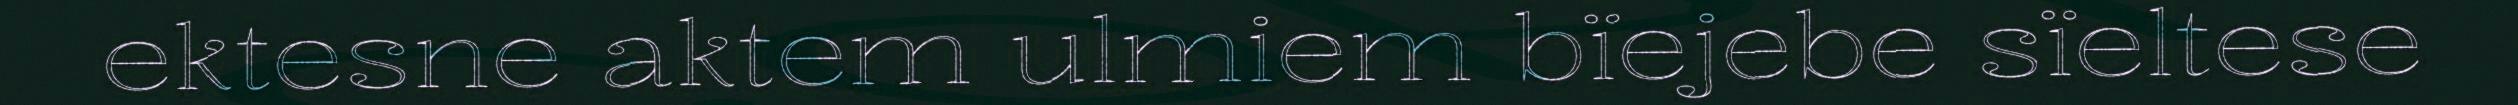
ektesne aktem ulmiem bïejebe sïeltese